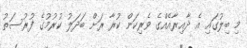
މި ބިލުގައި އެ ދާއިރާއެއްގެ ވެރިކަން ކުރާ ރަށް ބަދަލު ކުރުމުގެ ފުރުސަތު